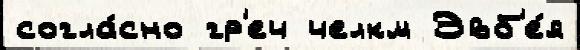
согла́сно гр'еч челкм Эвб'е́я